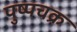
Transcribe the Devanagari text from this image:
पुष्पचक्र